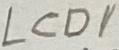
Text: LCD1